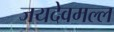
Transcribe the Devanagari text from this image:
जयदेवमल्ल